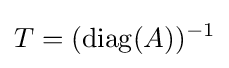
T=(\operatorname {diag} (A))^{-1}